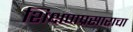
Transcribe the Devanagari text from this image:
शिक्षणप्रसाराचा